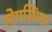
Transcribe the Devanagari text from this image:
लेगस्पिनर